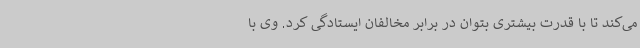
می‌کند تا با قدرت بیشتری بتوان در برابر مخالفان ایستادگی کرد. وی با